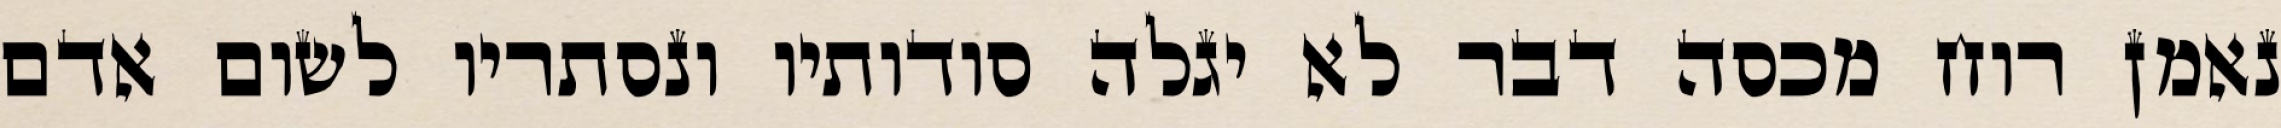
נאמן רוח מכסה דבר לא יגלה סודותיו ונסתריו לשום אדם